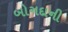
બોગદાની